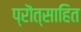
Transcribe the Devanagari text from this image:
प्रॊत्साहित